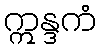
ဣန္ဒကံ